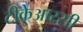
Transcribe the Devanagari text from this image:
टीकेआरसी